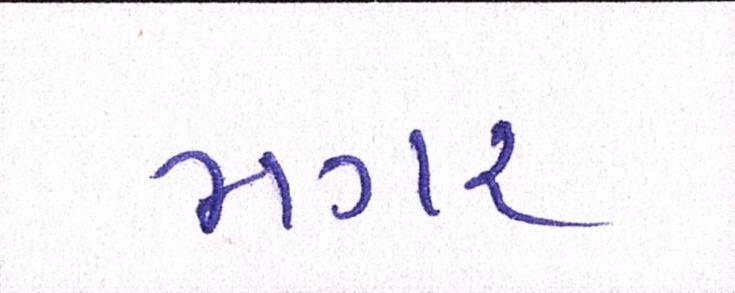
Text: મગર